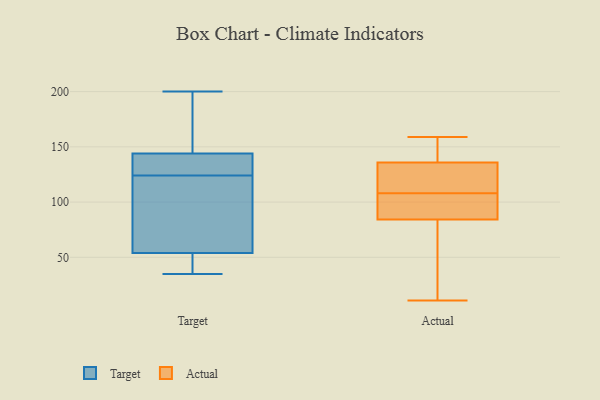
{"axis": {"x": "Page Views", "y": "Value"}, "legend": ["Actual", "Target"], "data": [{"x": "", "y": 136, "type": "Target"}, {"x": "", "y": 50, "type": "Target"}, {"x": "", "y": 45, "type": "Target"}, {"x": "", "y": 133, "type": "Target"}, {"x": "", "y": 54, "type": "Target"}, {"x": "", "y": 144, "type": "Target"}, {"x": "", "y": 200, "type": "Target"}, {"x": "", "y": 117, "type": "Target"}, {"x": "", "y": 172, "type": "Target"}, {"x": "", "y": 55, "type": "Target"}, {"x": "", "y": 131, "type": "Target"}, {"x": "", "y": 66, "type": "Target"}, {"x": "", "y": 174, "type": "Target"}, {"x": "", "y": 35, "type": "Target"}, {"x": "", "y": 108, "type": "Actual"}, {"x": "", "y": 11, "type": "Actual"}, {"x": "", "y": 97, "type": "Actual"}, {"x": "", "y": 80, "type": "Actual"}, {"x": "", "y": 136, "type": "Actual"}, {"x": "", "y": 63, "type": "Actual"}, {"x": "", "y": 101, "type": "Actual"}, {"x": "", "y": 135, "type": "Actual"}, {"x": "", "y": 141, "type": "Actual"}, {"x": "", "y": 159, "type": "Actual"}, {"x": "", "y": 126, "type": "Actual"}]}